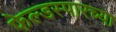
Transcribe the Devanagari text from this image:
फेल्डस्पारच्या